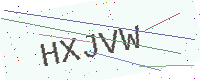
Text: HXJVW